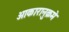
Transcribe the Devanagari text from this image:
आकारानुक्रमे